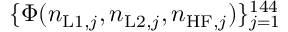
\{ \Phi ( n _ { \mathrm { L 1 } , j } , n _ { \mathrm { L 2 } , j } , n _ { \mathrm { H F } , j } ) \} _ { j = 1 } ^ { 1 4 4 }